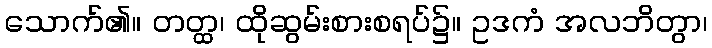
သောက်၏။ တတ္ထ၊ ထိုဆွမ်းစားစရပ်၌။ ဥဒကံ အလဘိတွာ၊